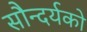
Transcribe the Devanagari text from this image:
सौन्दर्यको